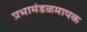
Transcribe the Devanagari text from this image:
प्रभामंडळमापक